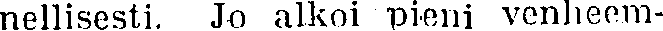
nellisesti. Jo alkoi pieni venheem-